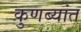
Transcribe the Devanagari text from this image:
कुणब्यांत